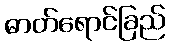
ဓာတ်ရောင်ခြည်